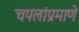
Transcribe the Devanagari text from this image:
चपलांप्रमाणे